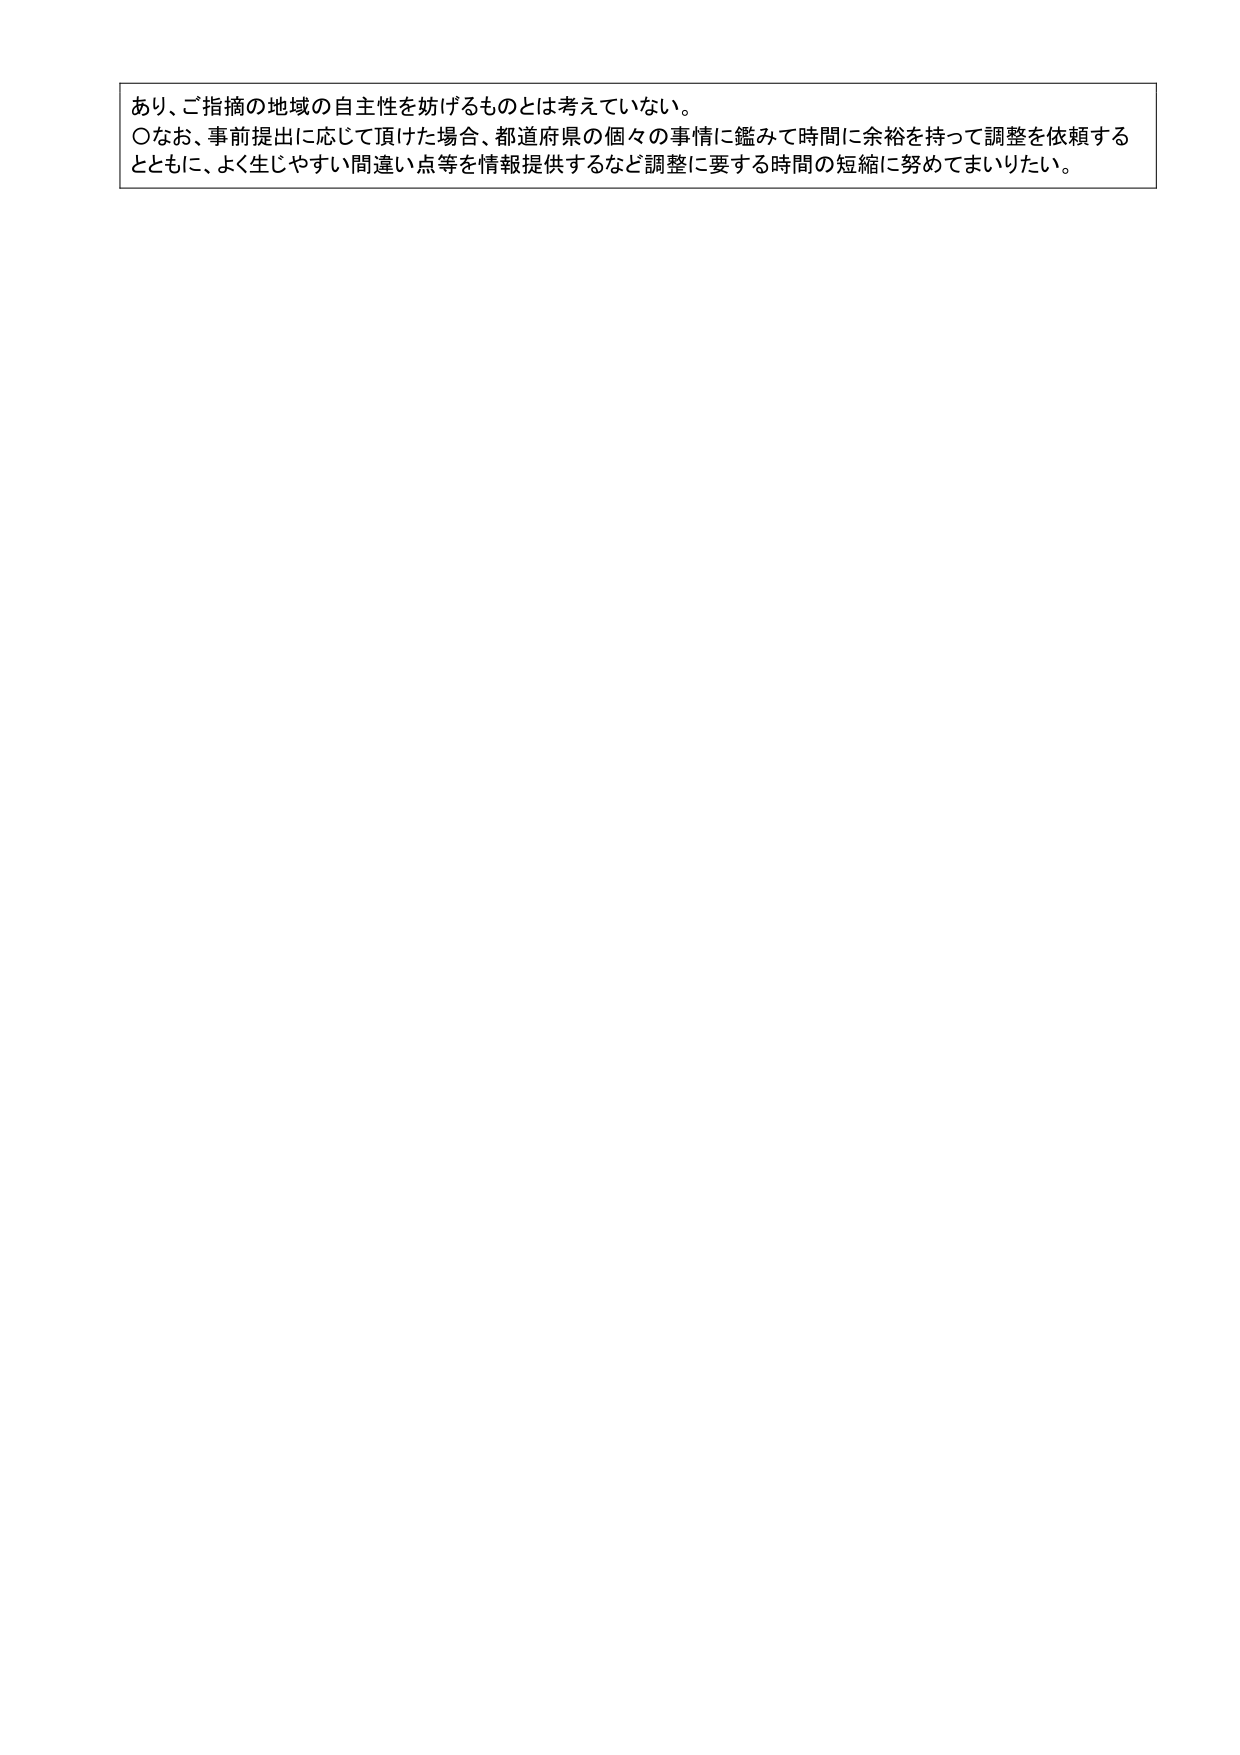
あり、ご指摘の地域の自主性を妨げるものとは考えていない。
○なお、事前提出に応じて頂けた場合、都道府県の個々の事情に鑑みて時間に余裕を持って調整を依頼するとともに、よく生じやすい間違い点等を情報提供するなど調整に要する時間の短縮に努めてまいりたい。